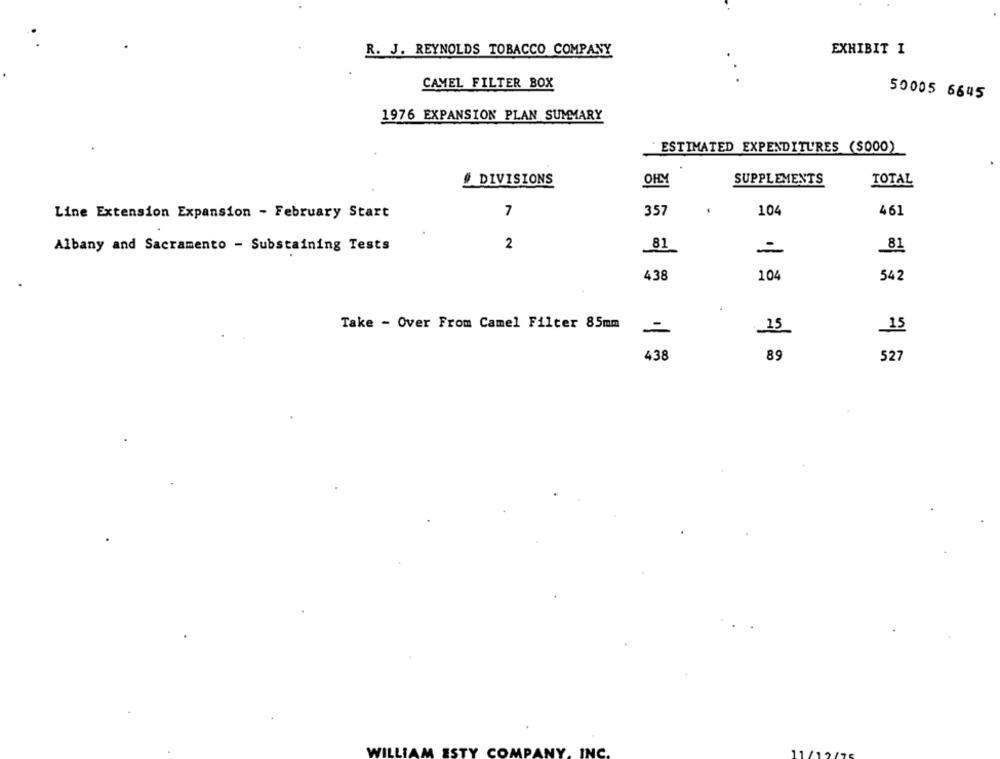
R. J. REYNOLDS TOBACCO COMPANY
EXHIBIT I
.
CAMEL FILTER BOX
50005 6645
1976 EXPANSION PLAN SUMMARY
ESTIMATED EXPENDITURES ($000)
# DIVISIONS
OHM
SUPPLEMENTS
TOTAL
7
357
.
104
461
Line Extension Expansion - February Start
81
Albany and Sacramento - Substaining Tests
2
-
81
438
104
542
Take - Over From Camel Filter 85mm
-
15
15
89
438
527
INC
COMPANY